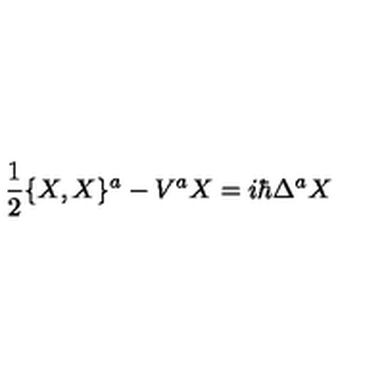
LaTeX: { \frac { 1 } { 2 } } \{ X , X \} ^ { a } - V ^ { a } X = i \hbar \Delta ^ { a } X